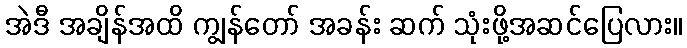
အဲဒီ အချိန်အထိ ကျွန်တော် အခန်း ဆက် သုံးဖို့အဆင်ပြေလား။